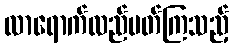
လာရောက်လည်ပတ်ကြသည့်